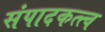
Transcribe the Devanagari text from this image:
संपादकत्त्व